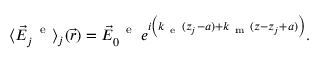
\begin{array} { r } { \langle \vec { E } _ { j } ^ { \mathrm { ~ \, ~ e ~ } } \rangle _ { { \textstyle \mathstrut } j } ( \vec { r } ) = \vec { E } _ { 0 } ^ { \mathrm { ~ \, ~ e ~ } } \, e ^ { i \left( k _ { \mathrm { ~ e ~ } } ( z _ { j } - a ) + k _ { \mathrm { ~ m ~ } } ( z - z _ { j } + a ) \vphantom { b ^ { 2 } } \right) } . } \end{array}